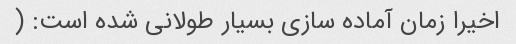
اخیرا زمان آماده سازی بسیار طولانی شده است: (